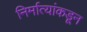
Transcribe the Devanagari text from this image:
निर्मात्यांकडून